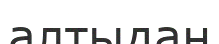
алтыдан